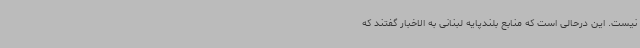
نیست. این درحالی است که منابع بلندپایه لبنانی به الاخبار گفتند که